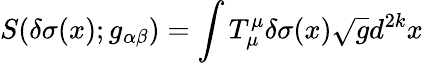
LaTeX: S(\delta\sigma(x);g_{\alpha\beta})=\int T_{\mu}^{\mu}\delta\sigma(x)\sqrt{g}d^{2k}x